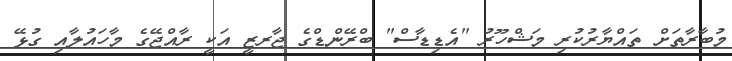
މުބާރާތަށް ތައްޔާރުކުރި މަޝްހޫރު "އެޑިޑާސް" ބްރޭންޑްގެ ޖާރޒީ އަކީ ރާއްޖޭގެ މާހައުލާއި ގުޅޭ